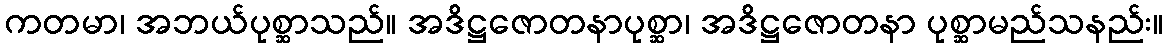
ကတမာ၊ အဘယ်ပုစ္ဆာသည်။ အဒိဋ္ဌဇောတနာပုစ္ဆာ၊ အဒိဋ္ဌဇောတနာ ပုစ္ဆာမည်သနည်း။